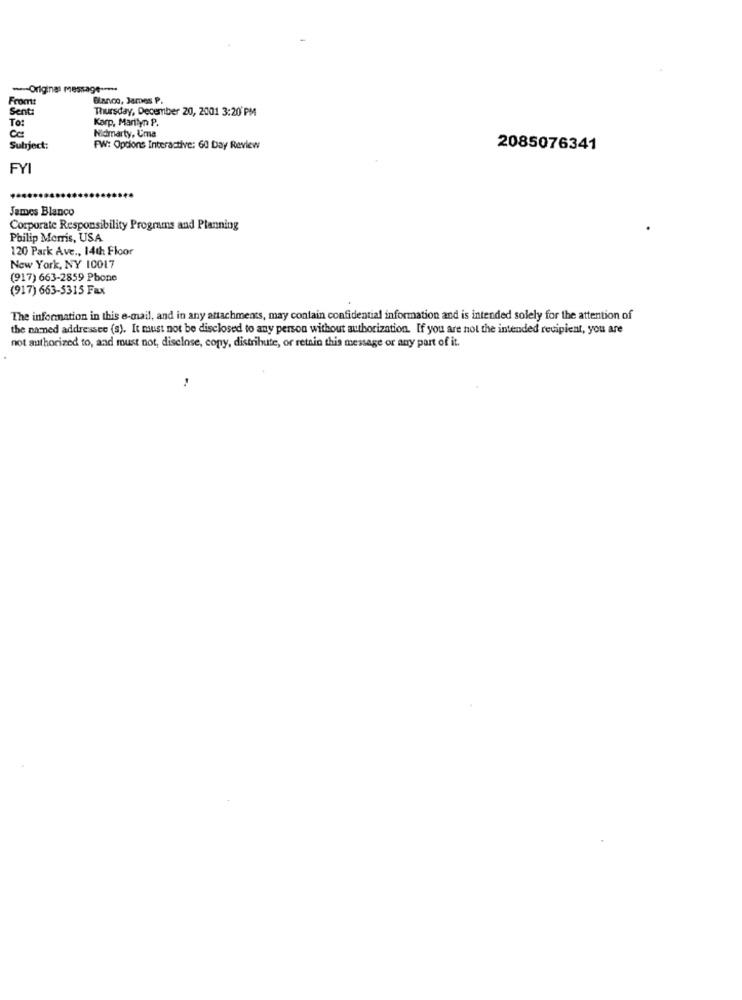
--- Original message -****
From:
Blanco, James P.
Sent:
Thursday, December 20, 2001 3:20'PM
To:
Karp, Marilyn P.
Nidmarty, Uma
Ce
Subject:
FW: Options Interactive: 60 Day Review
2085076341
FYI
James Blanco
Corporate Responsibility Programs and Planning
Philip Morris, USA
120 Park Ave ., 14th Floor
New York, NY 10017
(917) 663-2859 Phone
(917) 663-5315 Fax
The information in this e-mail, and in any attachments, may contain confidential information and is intended solely for the attention of
the named addressee (s). It must not be disclosed to any person without authorization. If you are not the intended recipient, you are
not authorized to, and must not, disclose, copy, distribute, or retain this message or any part of it.